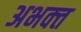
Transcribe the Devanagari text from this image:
अभक्‍त